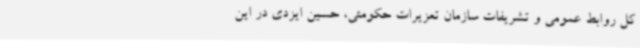
کل روابط عمومی و تشریفات سازمان تعزیرات حکومتی، حسین ایزدی در این